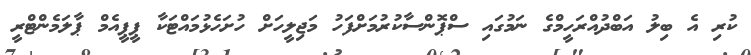
ކުރި އެ ބިލު އަބްދުއްރަހީމްގެ ނަމުގައި ސްޕޮންސާކުރުމަށްފަހު މަޖިލީހަށް ހުށަހެޅުމައްޓަކާ ޕީޕީއެމް ޕާލަމެންޓްރީ